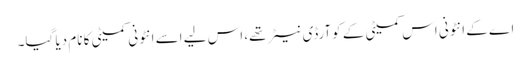
اے کے انٹونی اس کمیٹی کے کوآرڈی نیٹر تھے، اس لیے اسے انٹونی کمیٹی کا نام دیا گیا۔